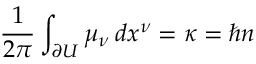
\frac 1 { 2 \pi } \int _ { \partial U } \mu _ { \nu } \, d x ^ { \nu } = \kappa = \hbar n